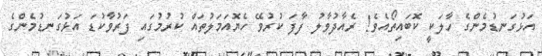
އަޅުގަނޑުމެންގެ ހާލަކީ ކޮބައިތޯއެވެ! ރެއާދުވާލު ފާފަ ކުރުވޭ ހެޔޮއަމަލުތައް ކުރުމުގައި ފަރުވާކުޑަ އަޅުގަނޑުމެންގެ